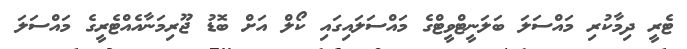
ޓެރީ ދިމާކުރި މައްސަލަ ބަލަނީޓްވީޓްގެ މައްސަލައިގައި ކޯލް އަށް ބޮޑު ޖޫރިމަނާއެއްޓެރީގެ މައްސަލަ